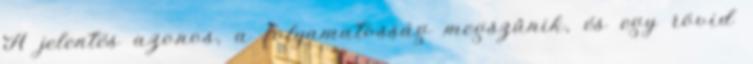
A jelentés azonos, a folyamatosság megszűnik, és egy rövid